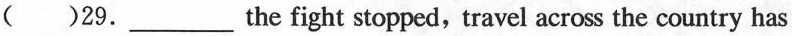
（ ）29.___the fight stopped,travel across the country has